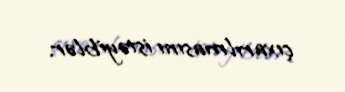
çıxarılmasını istəyiblər.